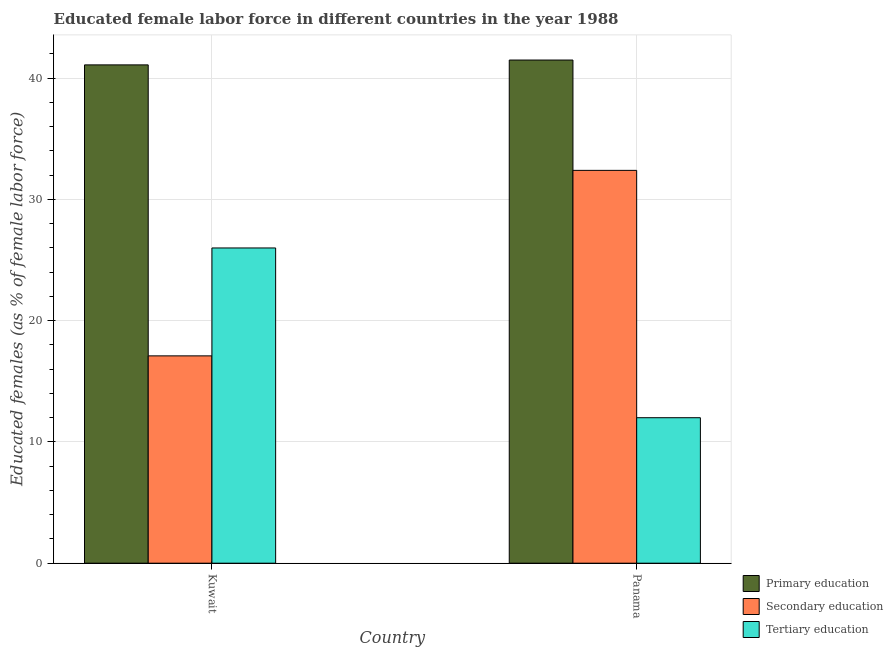
| Country | Primary education | Secondary education | Tertiary education |
 | --- | --- | --- | --- |
 | Kuwait | 41.1 | 17.1 | 26 |
 | Panama | 41.5 | 32.4 | 12 |